Indian journal of veterinary science and animal husbandry - Volume 12,
Year: 1942
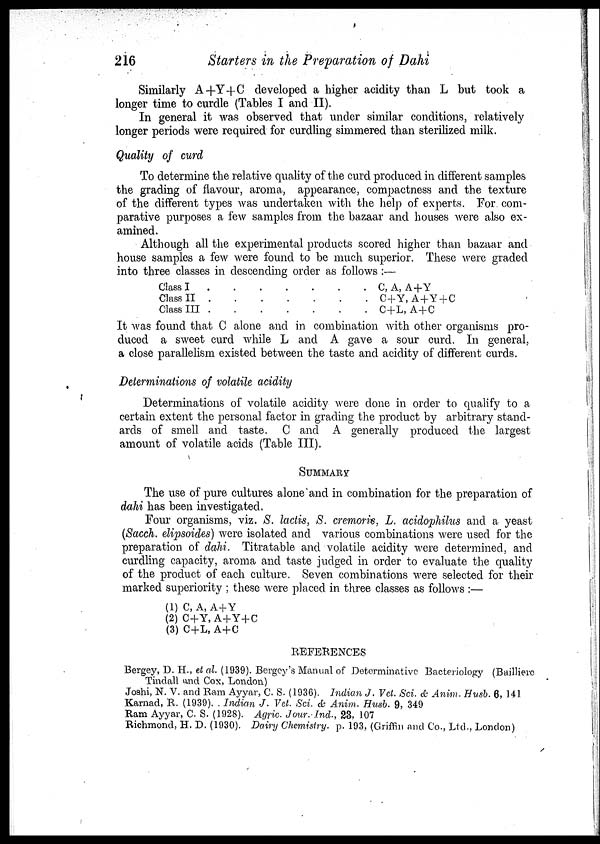
216
Starters in the Preparation of Dahi
Similarly A+Y+C developed a higher acidity than L but took a
longer time to curdle (Tables I and II).
In general it was observed that under similar conditions, relatively
longer periods were required for curdling simmered than sterilized milk.
Quality of curd
To determine the relative quality of the curd produced in different samples
the grading of flavour, aroma, appearance, compactness and the texture
of the different types was undertaken with the help of experts. For com-
parative purposes a few samples from the bazaar and houses were also ex-
amined.
Although all the experimental products scored higher than bazaar and
house samples a few were found to be much superior. These were graded
into three classes in descending order as follows :—
Class I
.
.
.
.
.
.
.
Class II
.
.
.
.
.
.
.
Class III
.
.
.
.
.
.
.
C, A, A+Y
C+Y, A+Y + C
C+L, A + C
It was found that C alone and in combination with other organisms pro-
duced a sweet curd while L and A gave a sour curd. In general,
a close parallelism existed between the taste and acidity of different curds.
Determinations of volatile acidity
Determinations of volatile acidity were clone in order to qualify to a
certain extent the personal factor in grading the product by arbitrary stand-
ards of smell and taste. C and A generally produced the largest
amount of volatile acids (Table III).
SUMMARY
The use of pure cultures alone and in combination for the preparation of
dahi has been investigated.
Four organisms, viz. S. lactis, S. cremoris, L. acidophilus and a yeast
(Sacch. elipsoides) were isolated and various combinations were used for the
preparation of dahi. Titratable and volatile acidity were determined, and
curdling capacity, aroma and taste judged in order to evaluate the quality
of the product of each culture. Seven combinations were selected for their
marked superiority ; these were placed in three classes as follows :—
(1) C,A, A+Y
(2) C+Y, A+Y+C
(3) C+L, A+C
REFERENCES
Bergey, D. H., et al. (1939). Bergey's Manual of Determinative Bacteriology (Bailliere
Tindall and Cox, London)
Joshi, N. V. and Ram Ayyar, C. S. (1936). Indian J. Vet. Sci. & Anim. Husb. 6, 141
Karnad, R. (1939). Indian .J. Vet. Sci. & Anim. Husb. 9, 349
Ram Ayyar, C S. (1928). Agric. Jour. Ind., 23, 107
Richmond, H. D. (1930). Dairy Chemistry. p. 193, (Griffin and Co., Ltd., London)